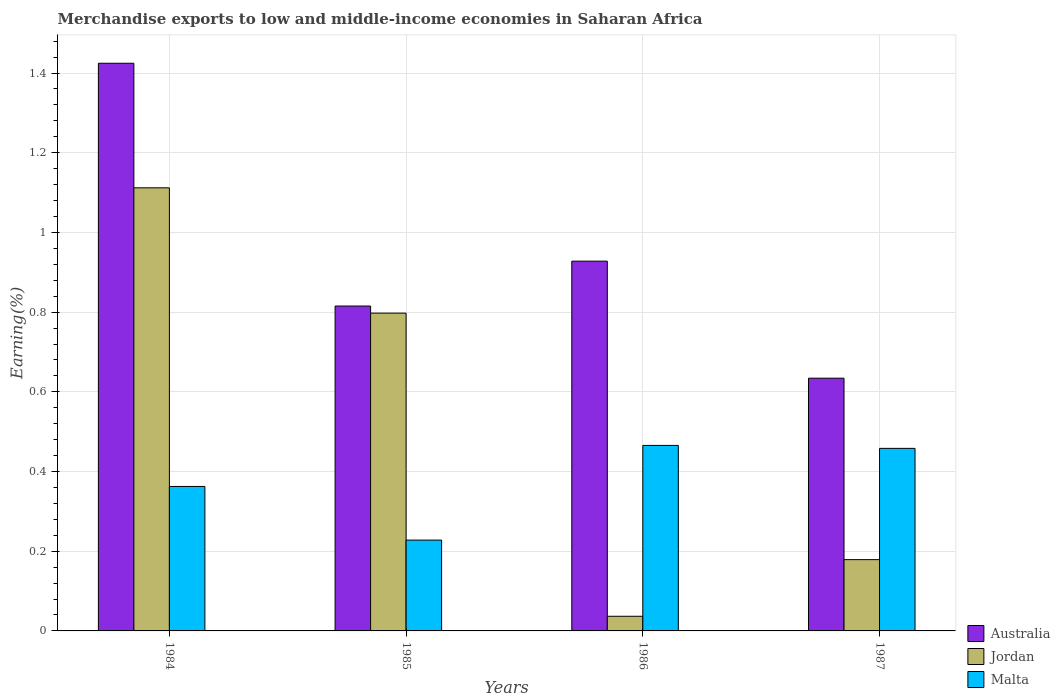
| Years | Australia | Jordan | Malta |
 | --- | --- | --- | --- |
 | 1984 | 1.42 | 1.11 | 0.363 |
 | 1985 | 0.815 | 0.797 | 0.228 |
 | 1986 | 0.928 | 0.0368 | 0.466 |
 | 1987 | 0.634 | 0.179 | 0.458 |